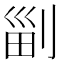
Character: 㓯